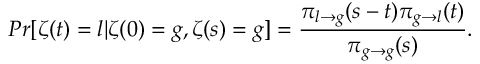
P r [ \zeta ( t ) = l | \zeta ( 0 ) = g , \zeta ( s ) = g ] = \frac { \pi _ { l \to g } ( s - t ) \pi _ { g \to l } ( t ) } { \pi _ { g \to g } ( s ) } .